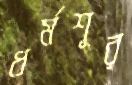
ধর্মশূর